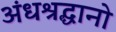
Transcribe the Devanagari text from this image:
अंधश्रद्धानो